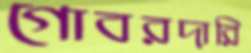
গোবরদারি